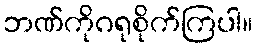
ဘဏ်ကိုဂရုစိုက်ကြပါ။